Reports on military cantonments and civil stations in the Presidency of Bombay inspected by the Sanitary Commissioner in the years 1875 and 1876
Year: 1875
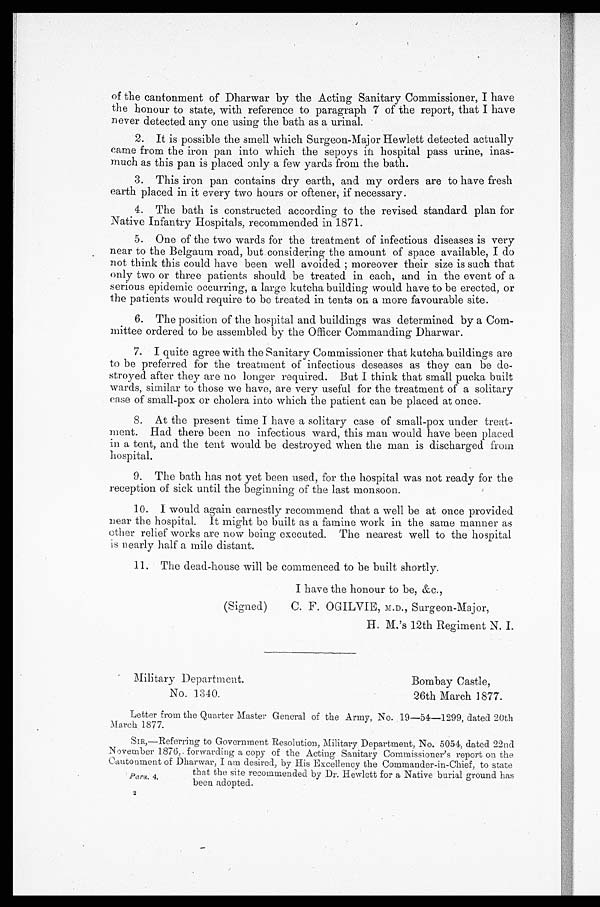
of the cantonment of Dharwar by the Acting Sanitary Commissioner, I have
the honour to state, with reference to paragraph 7 of the report, that I have
never detected any one using the bath as a urinal.
2. It is possible the smell which Surgeon-Major Hewlett detected actually
came from the iron pan into which the sepoys lit hospital pass urine, inas-
much as this pan is placed only a few yards from the bath.
3. This iron pan contains dry earth, and my orders are to have fresh
earth placed in it every two hours or oftener, if necessary.
4. The bath is constructed according to the revised standard plan for
Native Infantry Hospitals, recommended in1871.
5. One of the two wards for the treatment of infectious diseases is very
near to the Belgaum road, but considering the amount of space available, I do
not think this could have been well avoided moreover their size is such that
only two or three patients should be treated in each, and in the event of a
serious epidemic occurring, a large kutcha building would have to be erected, or
the patients would require to be treated in tents on a more favourable site.
6. The position of the hospital and buildings was determined by a Com
- mittee ordered to be assembled by the Officer Commanding Dharwar.
7. I quite agree with the Sanitary Commissioner that kutcha buildings are
to be preferred for the treatment of infectious deseases as they can be de-
stroyed after they are no longer required. But I think that small pucka built
wards, similar to those we have, are very useful for the treatment of a solitary
ease of small-pox or cholera into which the patient can be placed at once.
8. At the present time I have a solitary case of small-pox under treat-
ment. Had there been no infectious ward, this man would have been placed
in a tent, and the tent would be destroyed when the man is discharged from
hospital.
9. The bath has not yet been used, for the hospital was not ready for the
reception of sick until the beginning of the last monsoon.
10. I would again earnestly recommend that a well be at once provided
near the hospital. It might be built as a famine work in the same manner as
other relief works are now being executed. The nearest well to the hospital
is nearly half a mile distant.
11. The dead-house will be commenced to be built shortly.
I have the honour to be, &c.,
(Signed)
C. F. OGILVIE, M.D., Surgeon-Major,
H. M,'s 12th Regiment N. I.
Military Department.
Bombay Castle,
No. 1340.
26th March 1877.
Letter from the Quarter Master General of the Army, No. 19-51-1299, dated 20th
March 1877.
SIR,—Referring to Government Resolution, Military Department, No. 5054, dated 22nd
November 1876,. forwarding a copy of the Acting . Sanitary Commissioner's report on the
Cantonment of Dharwar, I am desired, by His Excellency the Commander-in-Chief, to state
that the site recommended by Dr. Hewlett for a Native burial ground has
p a r a . 4 .
been adopted.
2